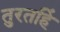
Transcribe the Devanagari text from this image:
तुरतहिं